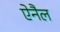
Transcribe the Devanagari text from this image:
ऐनैल